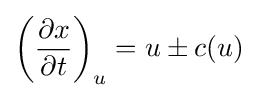
\left({\frac {\partial x}{\partial t}}\right)_{u}=u\pm c(u)